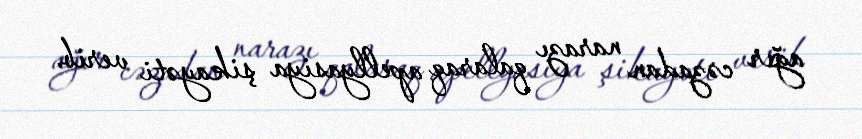
ağır cəzadan narazı qalaraq apellyasiya şikayəti verib.